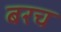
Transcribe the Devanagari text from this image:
बरच